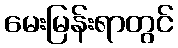
မေးမြန်းရာတွင်